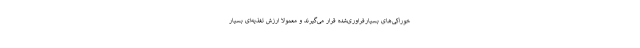
خوراکی‌های بسیار‌فراوری‌شده قرار می‌گیرند و معمولا ارزش تغذیه‌ای بسیار